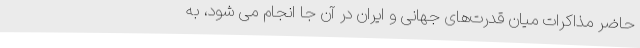
حاضر مذاکرات میان قدرت‌های جهانی و ایران در آن جا انجام می شود، به